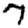
Digit: 7